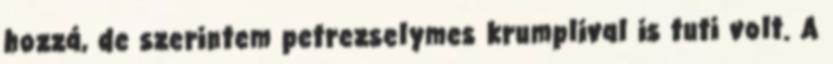
hozzá, de szerintem petrezselymes krumplival is tuti volt. A